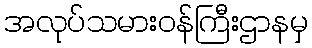
အလုပ်သမားဝန်ကြီးဌာနမှ